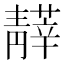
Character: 𩇡